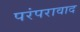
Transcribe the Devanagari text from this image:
परंपरावाद